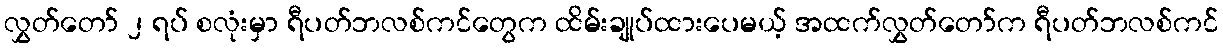
လွှတ်တော် ၂ ရပ် စလုံးမှာ ရီပတ်ဘလစ်ကင်တွေက ထိမ်းချုပ်ထားပေမယ့် အထက်လွှတ်တော်က ရီပတ်ဘလစ်ကင်